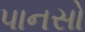
પાનસો